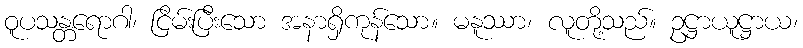
ဝူပသန္တရောဂါ၊ ငြိမ်းပြီးသော အနာရှိကုန်သော။ မနူဿာ၊ လူတို့သည်။ ဥဋ္ဌာယူဋ္ဌာယ၊